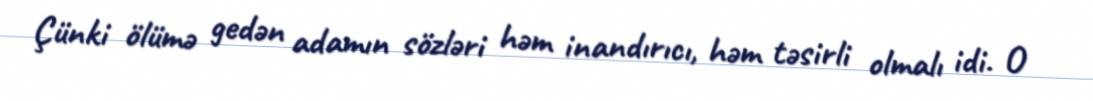
Çünki ölümə gedən adamın sözləri həm inandırıcı, həm təsirli olmalı idi. O